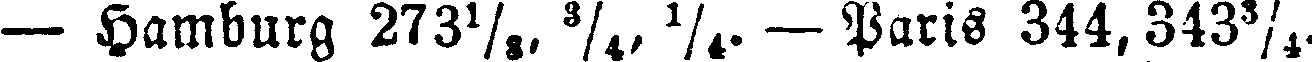
— Hamburg 273⅓,¾,¼. — Paris 344,343¾.